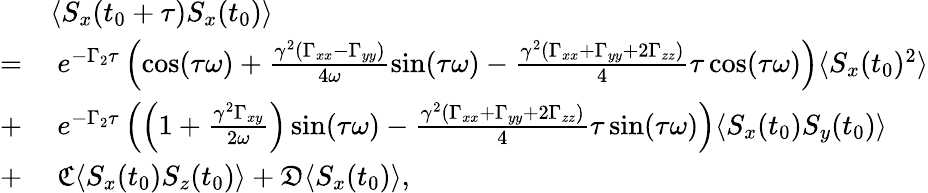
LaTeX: \begin{array}{rl}&{\langle S_{x}(t_{0}+\tau)S_{x}(t_{0})\rangle}\\ {=}&{\mathrm{~}e^{-\Gamma_{2}\tau}\left(\cos(\tau\omega)+\frac{\gamma^{2}(\Gamma_{xx}-\Gamma_{yy})}{4\omega}\sin(\tau\omega)-\frac{\gamma^{2}(\Gamma_{xx}+\Gamma_{yy}+2\Gamma_{zz})}{4}\tau\cos(\tau\omega)\right)\langle S_{x}(t_{0})^{2}\rangle}\\ {+}&{\mathrm{~}e^{-\Gamma_{2}\tau}\left(\left(1+\frac{\gamma^{2}\Gamma_{xy}}{2\omega}\right)\sin(\tau\omega)-\frac{\gamma^{2}(\Gamma_{xx}+\Gamma_{yy}+2\Gamma_{zz})}4\tau\sin(\tau\omega)\right)\langle S_{x}(t_{0})S_{y}(t_{0})\rangle}\\ {+}&{\mathrm{~}\mathfrak{C}\langle S_{x}(t_{0})S_{z}(t_{0})\rangle+\mathfrak{D}\langle S_{x}(t_{0})\rangle,}\end{array}